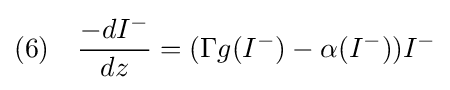
(6)\quad {\frac {-dI^{-}}{dz}}=(\Gamma g(I^{-})-\alpha (I^{-}))I^{-}